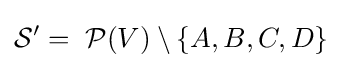
{\mathcal {S}}'=\;{\mathcal {P}}(V)\setminus \{A,B,C,D\}